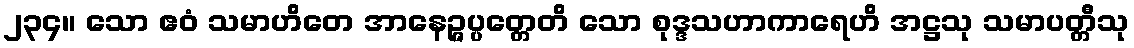
၂၃၄။ သော ဧဝံ သမာဟိတေ အာနေဉ္ဇပ္ပတ္တေတိ သော စုဒ္ဒသဟာကာရေဟိ အဋ္ဌသု သမာပတ္တီသု